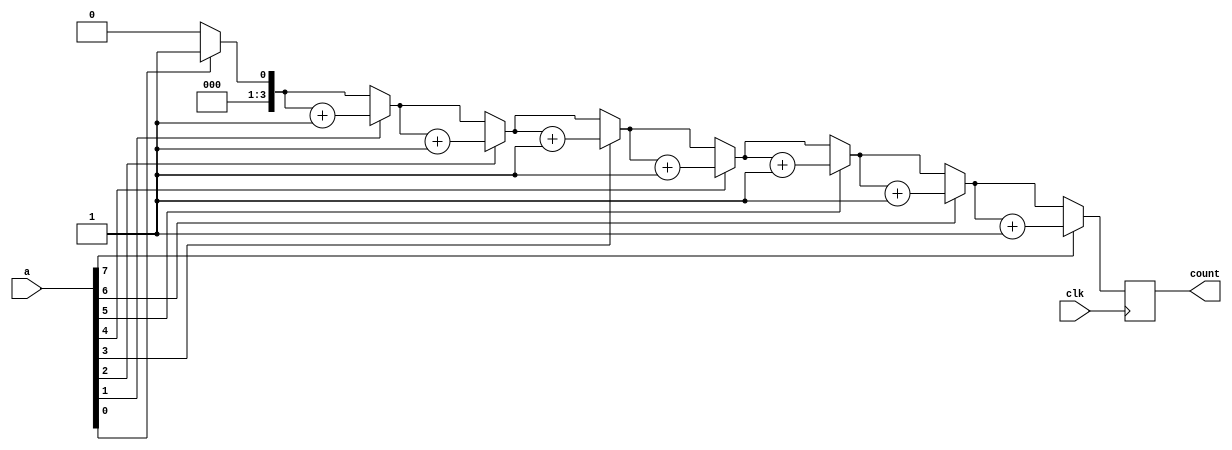
module count1_for(
    input [7:0] a,
    output reg [3:0] count,
    input clk );
    integer i;
    //reg [7:0] rega;
    always @(posedge clk) begin
        count=0;
        //rega =a;
        for(i=0;i<=7;i=i+1) begin
            if (a[i]==1) count=count+1;
            else  count <=count;
        end
    end
endmodule